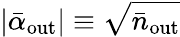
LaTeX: |\bar{\alpha}_{\mathrm{out}}|\equiv\sqrt{\bar{n}_{\mathrm{out}}}